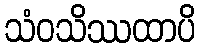
သံဝသိဿထာပိ